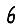
Digit: 6